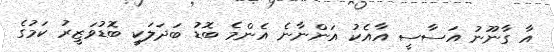
އާ ގާނޫނު އަސާސީ އާއެކު އަންނާނެ އެންމެ ބޮޑު ބަދަލަކީ ބޮޑުވަޒީރު ކަމުގެ